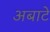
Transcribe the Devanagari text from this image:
अबाटे